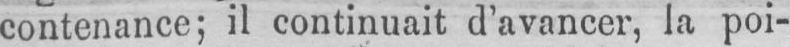
contenance; il continuait d’avancer, la poi-